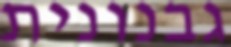
גבנונית